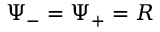
\Psi _ { - } = \Psi _ { + } = R